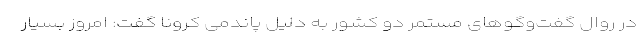
در روال گفت‌وگوهای مستمر دو کشور به دلیل پاندمی کرونا گفت: امروز بسیار